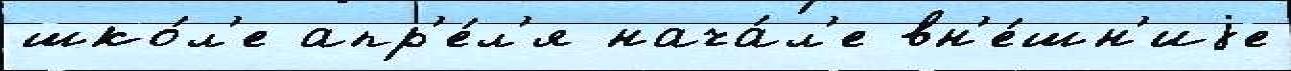
шко́л'е апр'е́л'я нача́л'е вн'е́шн'иjе